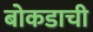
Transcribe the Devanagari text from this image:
बोकडाची